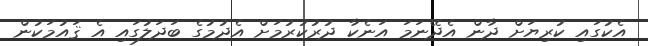
އެކުގައި ކުރިޔަށް ދާން އެދޭނަމަ އަނެކާ ދުރުކުރުމަށް އެދުމުގެ ބަދަލުގައި އެ ޤައުމަކުން